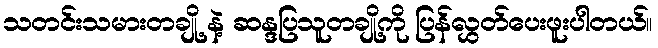
သတင်းသမားတချို့ နဲ့ ဆန္ဒပြသူတချို့ကို ပြန်လွှတ်ပေးဖူးပါတယ်။